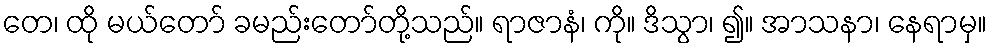
တေ၊ ထို မယ်တော် ခမည်းတော်တို့သည်။ ရာဇာနံ၊ ကို။ ဒိသွာ၊ ၍။ အာသနာ၊ နေရာမှ။